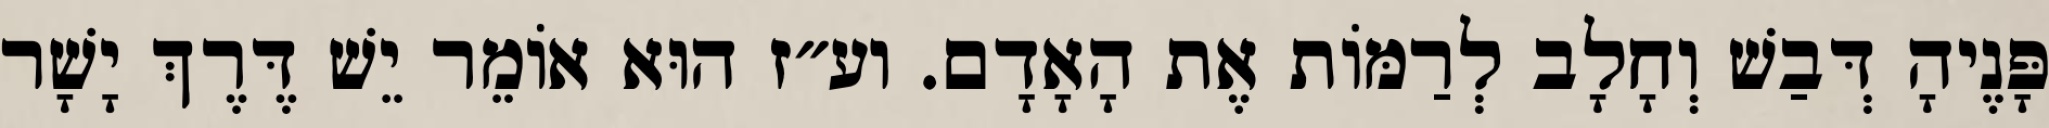
פָּנֶיהָ דְּבַשׁ וְחָלָב לְרַמּוֹת אֶת הָאָדָם. וע״ז הוּא אוֹמֵר יֵשׁ דֶּרֶךְ יָשָׁר